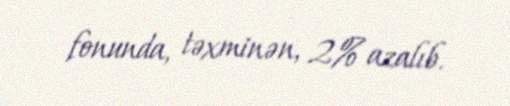
fonunda, təxminən, 2% azalıb.